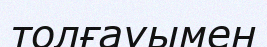
толғауымен